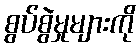
စွပ်စွဲမှုများကို